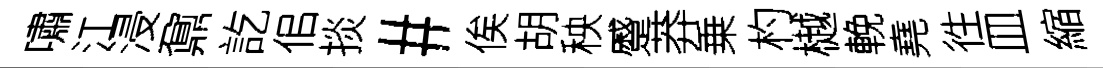
嘯江浸鼐訖佀掞#俟胡秧蹙莽乗杓樾輓堯徃皿縮